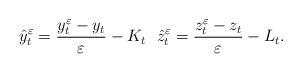
LaTeX: \begin{align*}\hat y_t^\varepsilon=\frac{y^\varepsilon_t-y_t}{\varepsilon}-K_t ~ ~\hat z_t^\varepsilon=\frac{z^\varepsilon_t-z_t}{\varepsilon}-L_t.\end{align*}